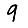
Digit: 9